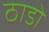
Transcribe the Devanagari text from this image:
ठाडो